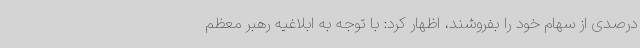
درصدی از سهام خود را بفروشند، اظهار کرد: با توجه به ابلاغیه رهبر معظم